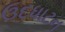
ઉદધાટન